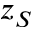
z _ { S }